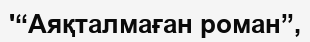
'“Аяқталмаған роман”,